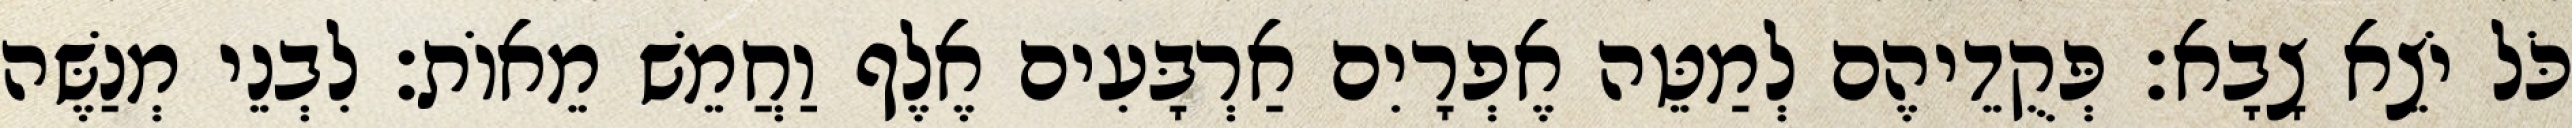
כֹּל יֹצֵא צָבָא׃ פְּקֻדֵיהֶם לְמַטֵּה אֶפְרָיִם אַרְבָּעִים אֶלֶף וַחֲמֵשׁ מֵאוֹת׃ לִבְנֵי מְנַשֶּׁה